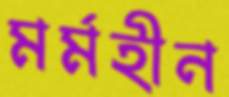
মর্মহীন